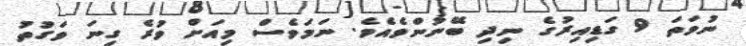
ނުވަތަ 9 ގަޑިއިރުގެ ނިދި ބޭނުންވެއެވެ. ނަމަވެސް މިއަށް ވުރެ ގިނަ ވަގުތު